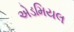
એડમિયલ